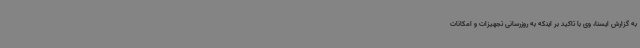
به گزارش ایسنا، وی با تاکید بر اینکه به روزرسانی تجهیزات و امکانات